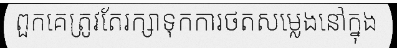
ពួកគេត្រូវតែរក្សាទុកការថតសម្លេងនៅក្នុង